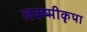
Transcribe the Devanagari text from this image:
लक्ष्मीकृपा